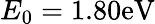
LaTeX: E_{0}=1.80\mathrm{eV}